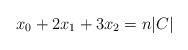
LaTeX: \begin{align*} x_0 + 2x_1 + 3x_2 = n|C| \end{align*}